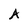
Character: A